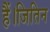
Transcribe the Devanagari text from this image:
हैं।जितिन